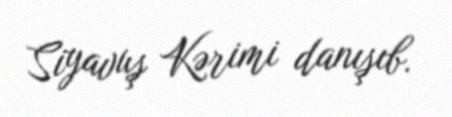
Siyavuş Kərimi danışıb.